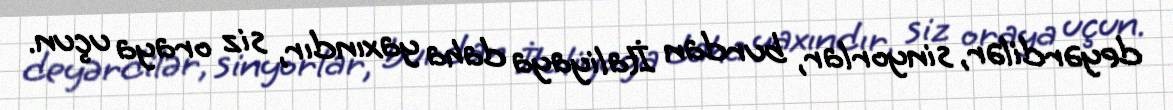
deyərdilər, sinyorlar, burdan İtaliyaya daha yaxındır, siz oraya uçun.